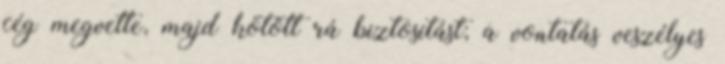
cég megvette, majd kötött rá biztosítást; a vontatás veszélyes